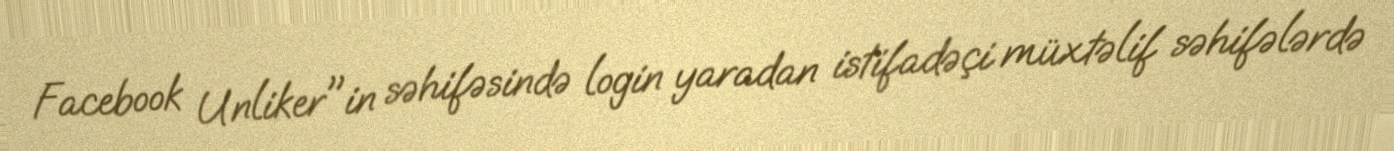
Facebook Unliker"in səhifəsində login yaradan istifadəçi müxtəlif səhifələrdə